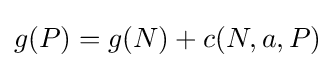
g(P)=g(N)+c(N,a,P)